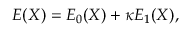
E ( \boldsymbol { X } ) = E _ { 0 } ( \boldsymbol { X } ) + \kappa E _ { 1 } ( \boldsymbol { X } ) ,